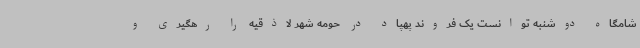
شامگاه دوشنبه توانست یک فروند پهپاد در حومه شهر لاذقیه را رهگیری و